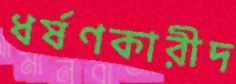
ধর্ষণকারীদ